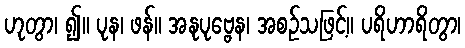
ဟုတွာ၊ ၍။ ပုန၊ ဖန်။ အနုပုဗ္ဗေန၊ အစဉ်သဖြင့်။ ပရိဟာရိတွာ၊